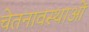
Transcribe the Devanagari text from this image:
चेतनावस्थाओं